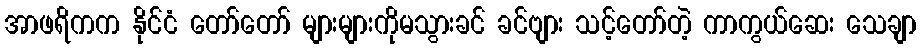
အာဖရိကက နိုင်ငံ တော်တော် များများကိုမသွားခင် ခင်ဗျား သင့်တော်တဲ့ ကာကွယ်ဆေး သေချာ